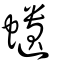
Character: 𧔥